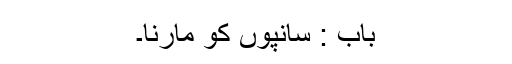
باب : سانپوں کو مارنا۔